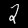
Label: 2